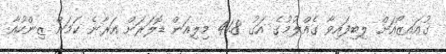
ގުއައިޒޯއަށް ލިބިފައިވާ ގެއްލުމުގެ އަގު 41.8 މިލިއަން ޑޮލަރަށް އަރާނެ ކަމަށް ޒިންހުއާ